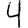
Digit: 4